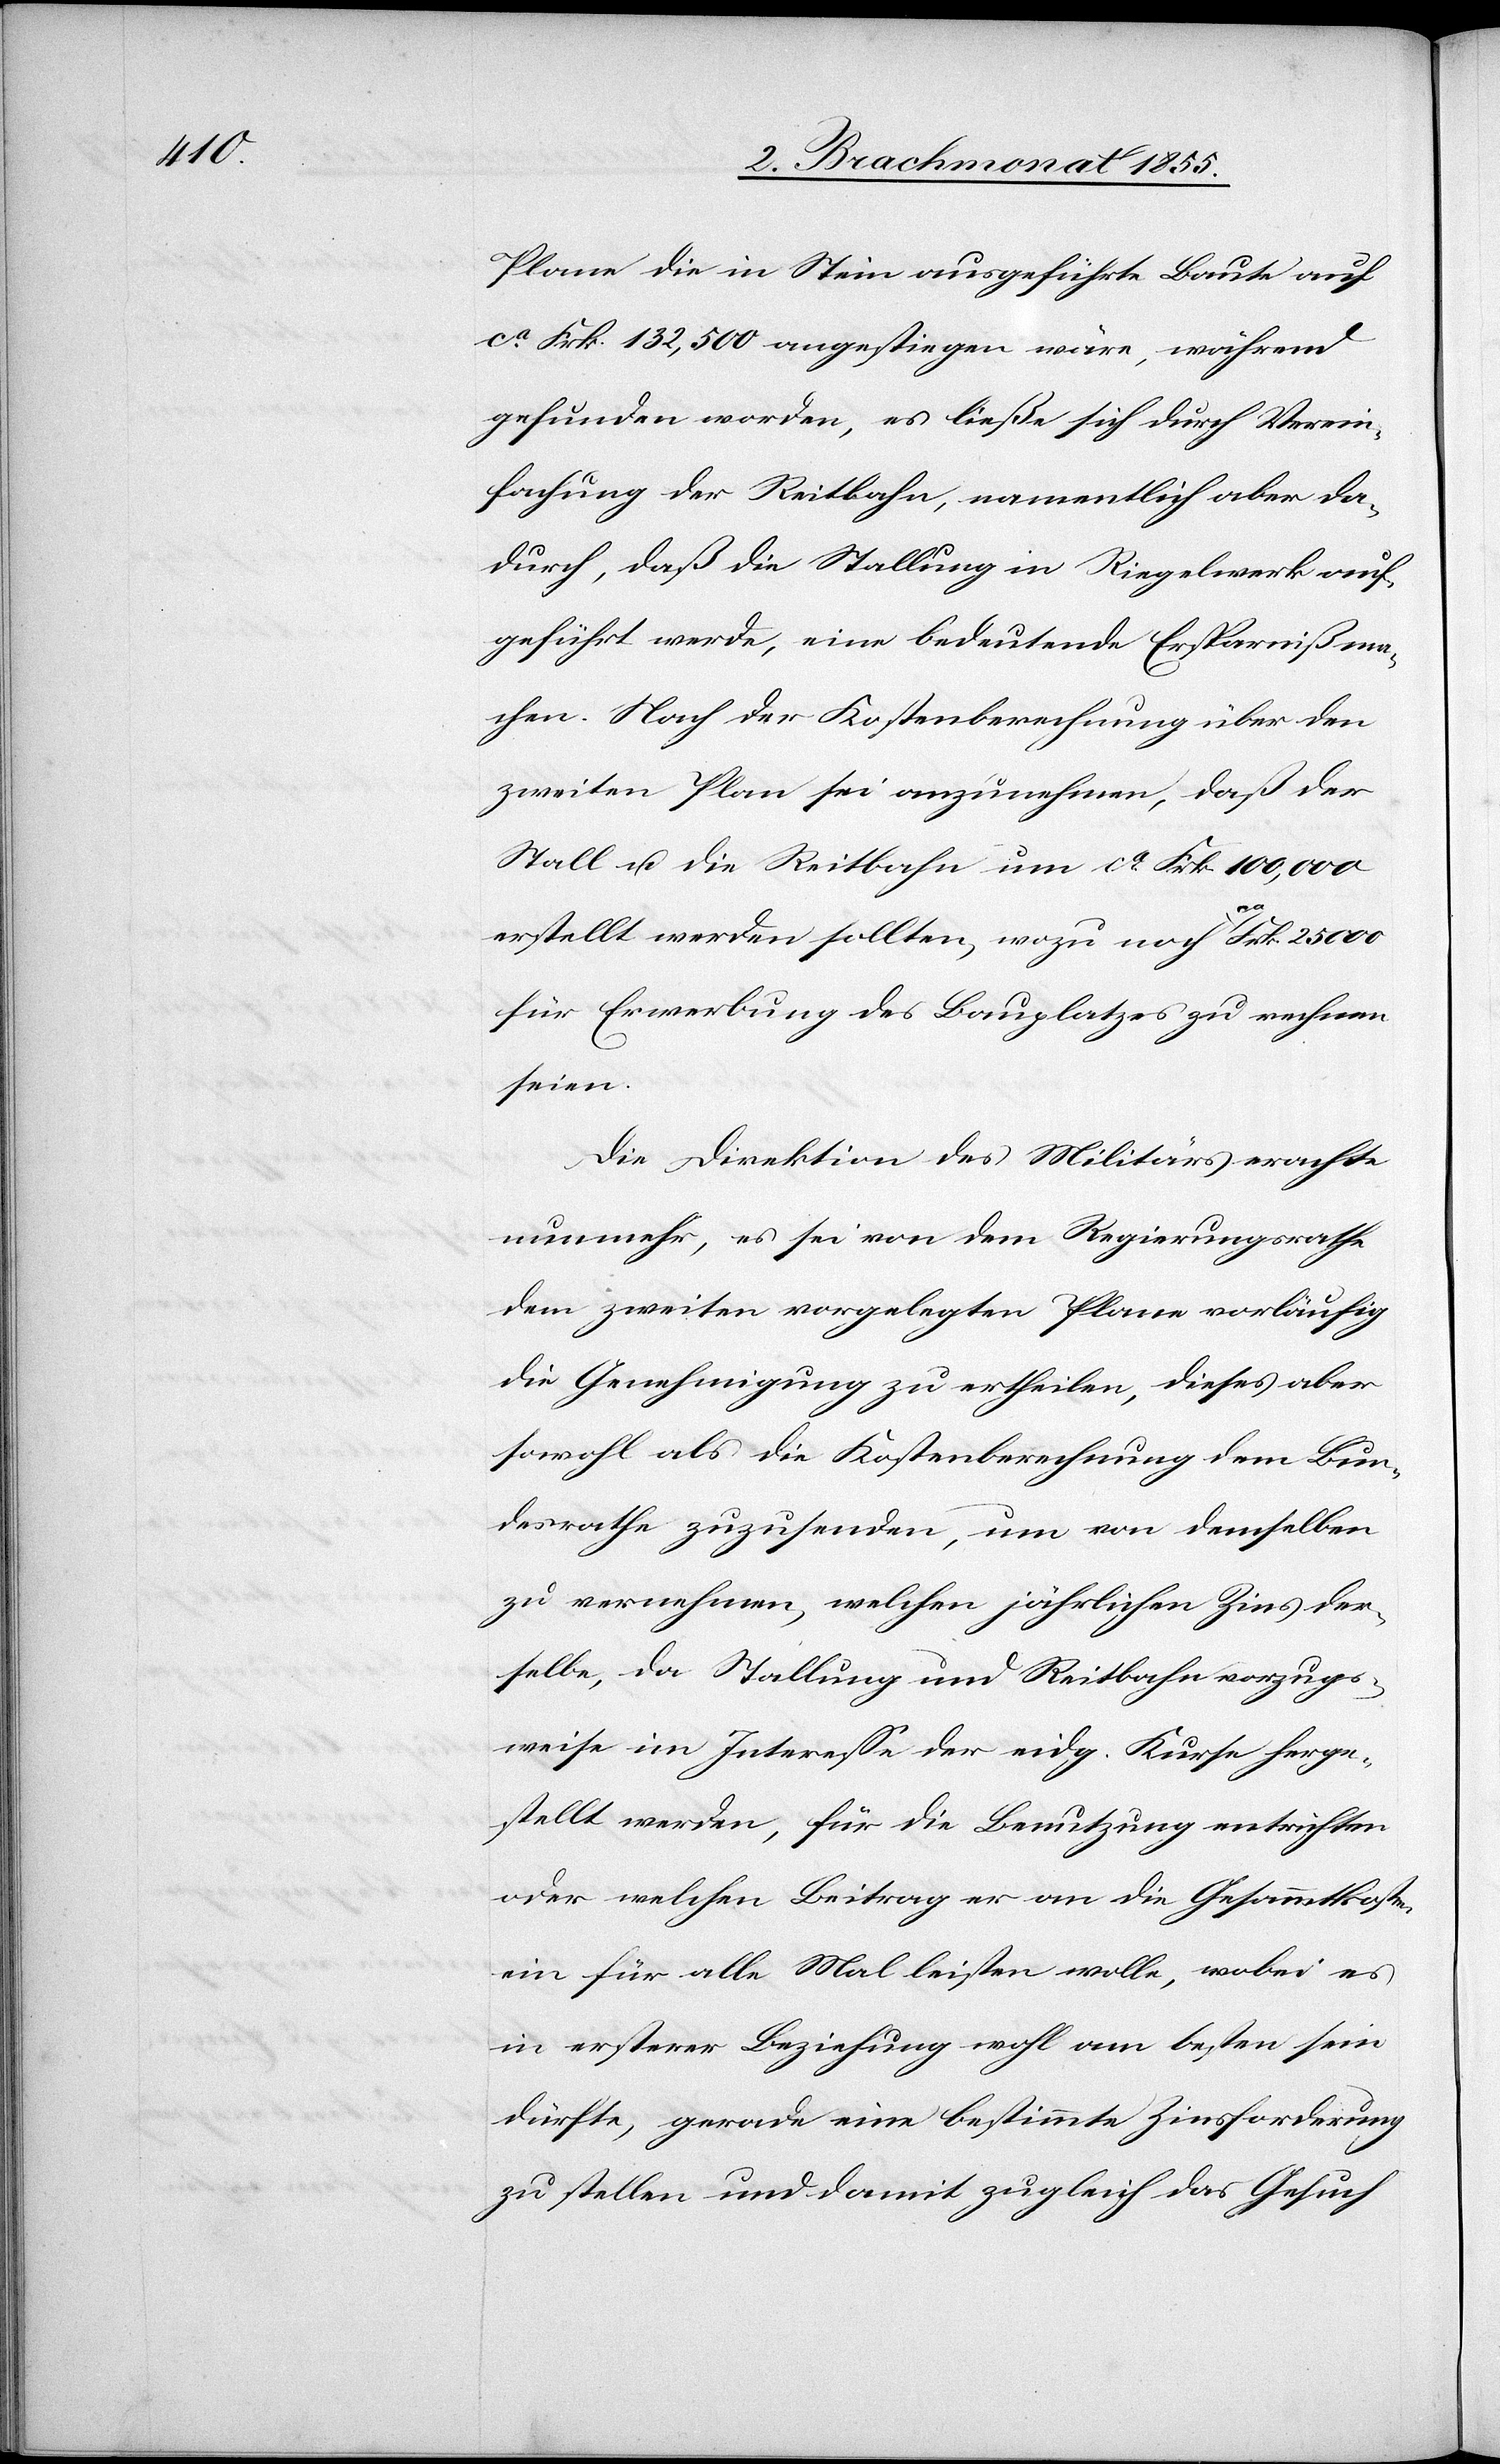
Plane die in Stein ausgeführte Baute auf
ca. Frk. 132,500 angestiegen wäre, während
gefunden worden, es ließe sich durch Verein¬
fachung der Reitbahn, namentlich aber da¬
durch, daß die Stallung in Riegelwerk auf¬
geführt werde, eine bedeutende Ersparniß ma¬
chen. Nach der Kostenberechnung über den
zweiten Plan sei anzunehmen, daß der
Stall u. die Reitbahn um ca. Frk. 100,000
erstellt werden sollten, wozu noch ca. Frk. 25 000
für Erwerbung des Bauplatzes zu rechnen
seien.
Die Direktion des Militärs erachte
nunmehr, es sei von dem Regierungsrathe
dem zweiten vorgelegten Plane vorläufig
die Genehmigung zu ertheilen, dieses aber
sowohl als die Kostenberechnung dem Bun¬
desrathe zuzusenden, um von demselben
zu vernehmen, welchen jährlichen Zins der¬
selbe, da Stallung und Reitbahn vorzugs¬
weise im Interesse der eidg. Kurse herge¬
stellt werden, für die Benutzung entrichten
oder welchen Beitrag er an die Gesammtkosten
ein für alle Mal leisten wolle, wobei es
in erster Beziehung wohl am besten sein
dürfte, gerade eine bestimmte Zinsforderung
zu stellen und damit zugleich das Gesuch